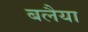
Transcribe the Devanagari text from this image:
बलैया